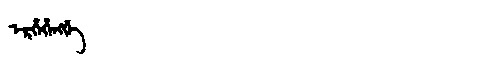
Manchu: ᡝᡵᡥᡝᡥᡝᠩᡤᡝ
Romanization: ERHEHENGGE